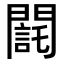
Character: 𨶃